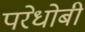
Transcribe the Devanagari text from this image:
परेधोबी